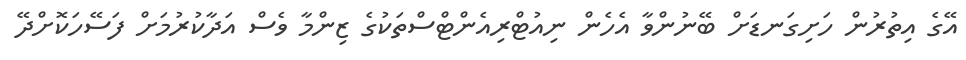
އޭގެ އިތުރުން ހަށިގަނޑަށް ބޭނުންވާ އެހެން ނިއުޓްރިއެންޓްސްތަކުގެ ޒިންމާ ވެސް އަދާކުރުމަށް ފަސޭހަކޮށްދޭ